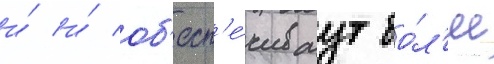
и́ и́ об'есп'е́чиваут бо́л'ее